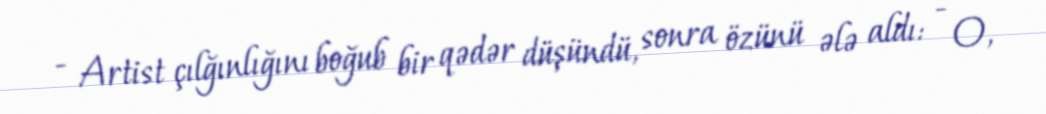
- Artist çılğınlığını boğub bir qədər düşündü, sonra özünü ələ aldı: - O,